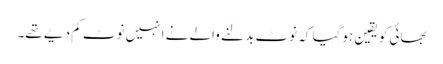
بھائی کو یقین ہوگیا کہ نوٹ بدلنے والے نے انہیں نوٹ کم دیے تھے۔